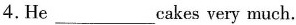
4.He ___ cakes very much.